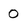
Character: 0